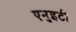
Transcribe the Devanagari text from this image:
एनुइटी